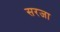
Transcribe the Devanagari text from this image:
सरजा